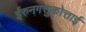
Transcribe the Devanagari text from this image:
ईरुनगत्तुकोत्ताई